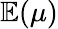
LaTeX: \mathbb{E}(\mu)